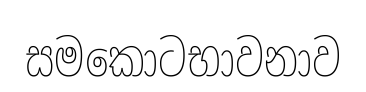
සමකොටභාවනාව